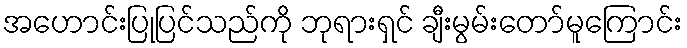
အဟောင်းပြုပြင်သည်ကို ဘုရားရှင် ချီးမွမ်းတော်မူကြောင်း